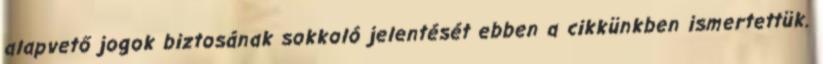
alapvető jogok biztosának sokkoló jelentését ebben a cikkünkben ismertettük.